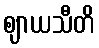
ဈာယသီတိ